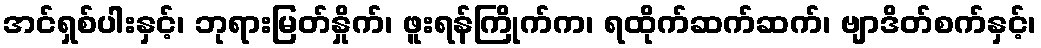
အင်ရှစ်ပါးနှင့်၊ ဘုရားမြတ်နှိုက်၊ ဖူးရန်ကြိုက်က၊ ရထိုက်ဆက်ဆက်၊ ဗျာဒိတ်စက်နှင့်၊